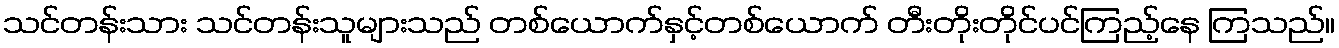
သင်တန်းသား သင်တန်းသူများသည် တစ်ယောက်နှင့်တစ်ယောက် တီးတိုးတိုင်ပင်ကြည့်နေ ကြသည်။